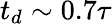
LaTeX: t_{d}\sim 0.7\tau